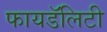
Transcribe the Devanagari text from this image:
फायडॅलिटी